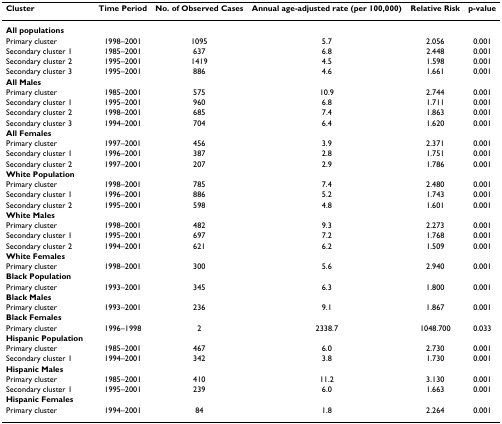
<table><thead><tr><td><b>Cluster</b></td><td><b>Time Period</b></td><td><b>No. of Observed Cases</b></td><td><b>Annual age-adjusted rate (per 100,000)</b></td><td><b>Relative Risk</b></td><td><b>p-value</b></td></tr></thead><tbody><tr><td><b>All populations</b></td><td></td><td></td><td></td><td></td><td></td></tr><tr><td>Primary cluster</td><td>1998–2001</td><td>1095</td><td>5.7</td><td>2.056</td><td>0.001</td></tr><tr><td>Secondary cluster 1</td><td>1985–2001</td><td>637</td><td>6.8</td><td>2.448</td><td>0.001</td></tr><tr><td>Secondary cluster 2</td><td>1995–2001</td><td>1419</td><td>4.5</td><td>1.598</td><td>0.001</td></tr><tr><td>Secondary cluster 3</td><td>1995–2001</td><td>886</td><td>4.6</td><td>1.661</td><td>0.001</td></tr><tr><td><b>All Males</b></td><td></td><td></td><td></td><td></td><td></td></tr><tr><td>Primary cluster</td><td>1985–2001</td><td>575</td><td>10.9</td><td>2.744</td><td>0.001</td></tr><tr><td>Secondary cluster 1</td><td>1995–2001</td><td>960</td><td>6.8</td><td>1.711</td><td>0.001</td></tr><tr><td>Secondary cluster 2</td><td>1998–2001</td><td>685</td><td>7.4</td><td>1.863</td><td>0.001</td></tr><tr><td>Secondary cluster 3</td><td>1994–2001</td><td>704</td><td>6.4</td><td>1.620</td><td>0.001</td></tr><tr><td><b>All Females</b></td><td></td><td></td><td></td><td></td><td></td></tr><tr><td>Primary cluster</td><td>1997–2001</td><td>456</td><td>3.9</td><td>2.371</td><td>0.001</td></tr><tr><td>Secondary cluster 1</td><td>1996–2001</td><td>387</td><td>2.8</td><td>1.751</td><td>0.001</td></tr><tr><td>Secondary cluster 2</td><td>1997–2001</td><td>207</td><td>2.9</td><td>1.786</td><td>0.001</td></tr><tr><td><b>White Population</b></td><td></td><td></td><td></td><td></td><td></td></tr><tr><td>Primary cluster</td><td>1998–2001</td><td>785</td><td>7.4</td><td>2.480</td><td>0.001</td></tr><tr><td>Secondary cluster 1</td><td>1996–2001</td><td>886</td><td>5.2</td><td>1.743</td><td>0.001</td></tr><tr><td>Secondary cluster 2</td><td>1995–2001</td><td>598</td><td>4.8</td><td>1.601</td><td>0.001</td></tr><tr><td><b>White Males</b></td><td></td><td></td><td></td><td></td><td></td></tr><tr><td>Primary cluster</td><td>1998–2001</td><td>482</td><td>9.3</td><td>2.273</td><td>0.001</td></tr><tr><td>Secondary cluster 1</td><td>1995–2001</td><td>697</td><td>7.2</td><td>1.768</td><td>0.001</td></tr><tr><td>Secondary cluster 2</td><td>1994–2001</td><td>621</td><td>6.2</td><td>1.509</td><td>0.001</td></tr><tr><td><b>White Females</b></td><td></td><td></td><td></td><td></td><td></td></tr><tr><td>Primary cluster</td><td>1998–2001</td><td>300</td><td>5.6</td><td>2.940</td><td>0.001</td></tr><tr><td><b>Black Population</b></td><td></td><td></td><td></td><td></td><td></td></tr><tr><td>Primary cluster</td><td>1993–2001</td><td>345</td><td>6.3</td><td>1.800</td><td>0.001</td></tr><tr><td><b>Black Males</b></td><td></td><td></td><td></td><td></td><td></td></tr><tr><td>Primary cluster</td><td>1993–2001</td><td>236</td><td>9.1</td><td>1.867</td><td>0.001</td></tr><tr><td><b>Black Females</b></td><td></td><td></td><td></td><td></td><td></td></tr><tr><td>Primary cluster</td><td>1996–1998</td><td>2</td><td>2338.7</td><td>1048.700</td><td>0.033</td></tr><tr><td><b>Hispanic Population</b></td><td></td><td></td><td></td><td></td><td></td></tr><tr><td>Primary cluster</td><td>1985–2001</td><td>467</td><td>6.0</td><td>2.730</td><td>0.001</td></tr><tr><td>Secondary cluster 1</td><td>1994–2001</td><td>342</td><td>3.8</td><td>1.730</td><td>0.001</td></tr><tr><td><b>Hispanic Males</b></td><td></td><td></td><td></td><td></td><td></td></tr><tr><td>Primary cluster</td><td>1985–2001</td><td>410</td><td>11.2</td><td>3.130</td><td>0.001</td></tr><tr><td>Secondary cluster 1</td><td>1995–2001</td><td>239</td><td>6.0</td><td>1.663</td><td>0.001</td></tr><tr><td><b>Hispanic Females</b></td><td></td><td></td><td></td><td></td><td></td></tr><tr><td>Primary cluster</td><td>1994–2001</td><td>84</td><td>1.8</td><td>2.264</td><td>0.001</td></tr></tbody></table>